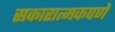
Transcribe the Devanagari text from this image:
सकारात्मकपणे